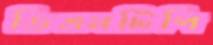
ডিএমটিপি